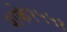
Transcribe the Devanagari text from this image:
शके१५५१